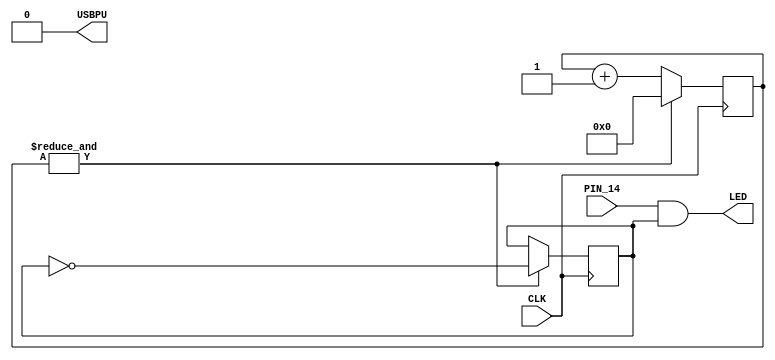
// look in pins.pcf for all the pin names on the TinyFPGA BX board
module top (
    input CLK,
    input PIN_14,
    output LED,
    output USBPU  // USB pull up resistor
);
    // drive USB pull-up register to '0' to disable USBz
    assign USBPU = 0;

    reg [23:0] counter;         // divide clock down to half a second
    reg active;

    always @(posedge CLK) begin
      if (1 == &counter) begin
        active <= ~active;      // invert active, every half a second
        counter <= 0;
      end else begin
        counter <= counter + 1;
      end
    end

    assign LED = PIN_14 & active;        // use onboard LED to preview 'active'
endmodule